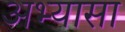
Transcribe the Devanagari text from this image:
अभ्यासा